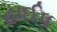
હાઈપ